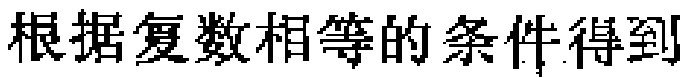
根据复数相等的条件得到